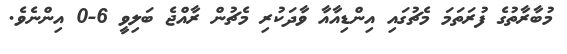
މުބާރާތުގެ ފުރަތަމަ މެޗުގައި އިންޑިއާއާ ވާދަކުރި މެޗުން ރާއްޖެ ބަލިވީ 6-0 އިންނެވެ.